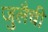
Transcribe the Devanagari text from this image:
जुलैची